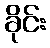
ခိုင်း